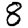
Digit: 8